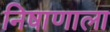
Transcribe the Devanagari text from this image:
निषाणाला